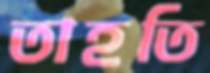
তাহতি